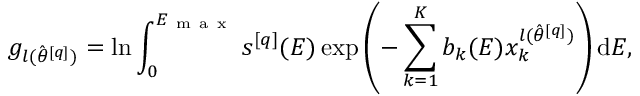
g _ { l ( \hat { \theta } ^ { [ q ] } ) } = \ln \int _ { 0 } ^ { E _ { \mathrm { ~ m ~ a ~ x ~ } } } s ^ { [ q ] } ( E ) \exp \left( - \sum _ { k = 1 } ^ { K } b _ { k } ( E ) x _ { k } ^ { l ( \hat { \theta } ^ { [ q ] } ) } \right) \mathrm { d } E ,